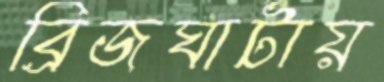
ব্রিজঘাটায়